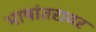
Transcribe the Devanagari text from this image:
भाषांतरावर